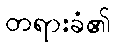
တရားခံ၏